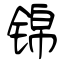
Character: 锦